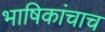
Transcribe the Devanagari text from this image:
भाषिकांचाच